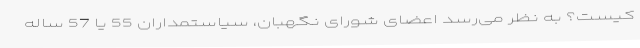
کیست؟ به نظر می‌رسد اعضای شورای نگهبان، سیاستمداران 55 یا 57 ساله